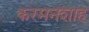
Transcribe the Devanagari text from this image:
करमनशाह